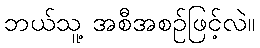
ဘယ်သူ့ အစီအစဉ်ဖြင့်လဲ။